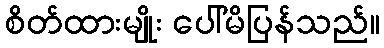
စိတ်ထားမျိုး ပေါ်မိပြန်သည်။